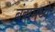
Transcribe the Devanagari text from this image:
बंदामध्ये